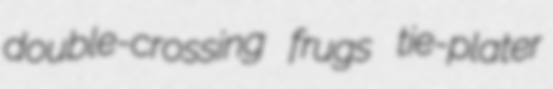
double-crossing frugs tie-plater